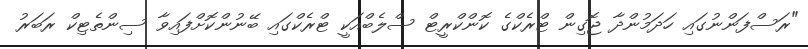
"ރަސްފަންނުގައި ހަދަމުންދާ ޖޮގިން ޓްރެކްގެ ކޮންކްރީޓް ސްލެބްއަކީ ޓްރެކްގައި ބޭނުންކޮށްފައިވާ ސިންތެޓިކް ރަބަރު